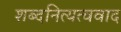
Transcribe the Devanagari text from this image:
शब्दनित्यत्ववाद